Vaccination in Burma 1889-1999 - 1889-1999
Year: 1889
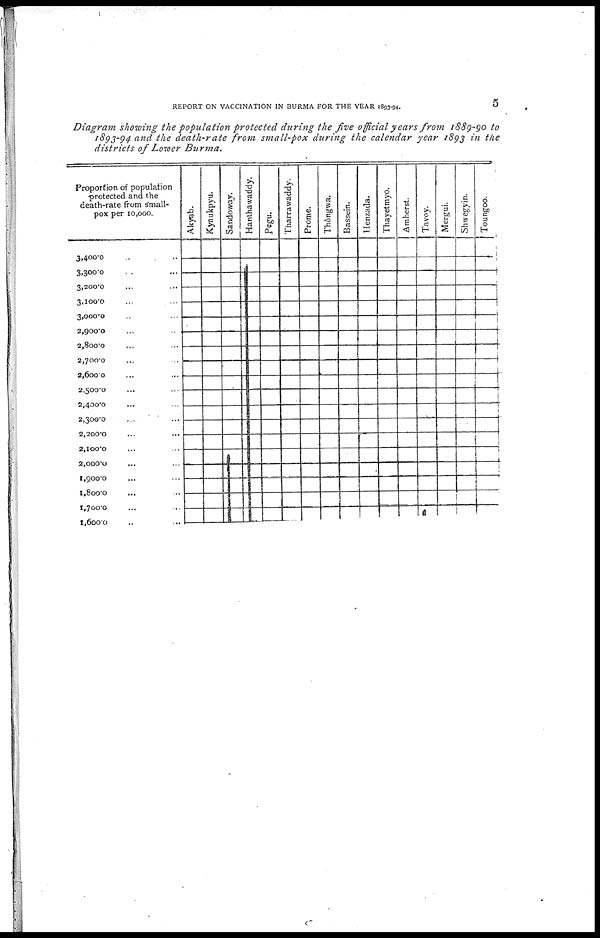
REPORT ON VACCINATION IN BURMA FOR THE YEAR 1893-94.
5
Diagram showing the population protected during the five official years from 1889-90 to
1893-94 and the death-rate from small-pox during the calendar year 1893 in the
districts of Lower Burma.